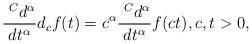
LaTeX: \begin{align*} \frac{~^C d^{\alpha}}{dt^{\alpha}} d_c f(t) = c^{\alpha} \frac{~^C d^{\alpha}}{dt^{\alpha}}f(ct), c,t>0,\end{align*}